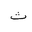
Letter: _tha